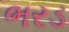
ભરડ